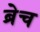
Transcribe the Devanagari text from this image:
ब्रेच